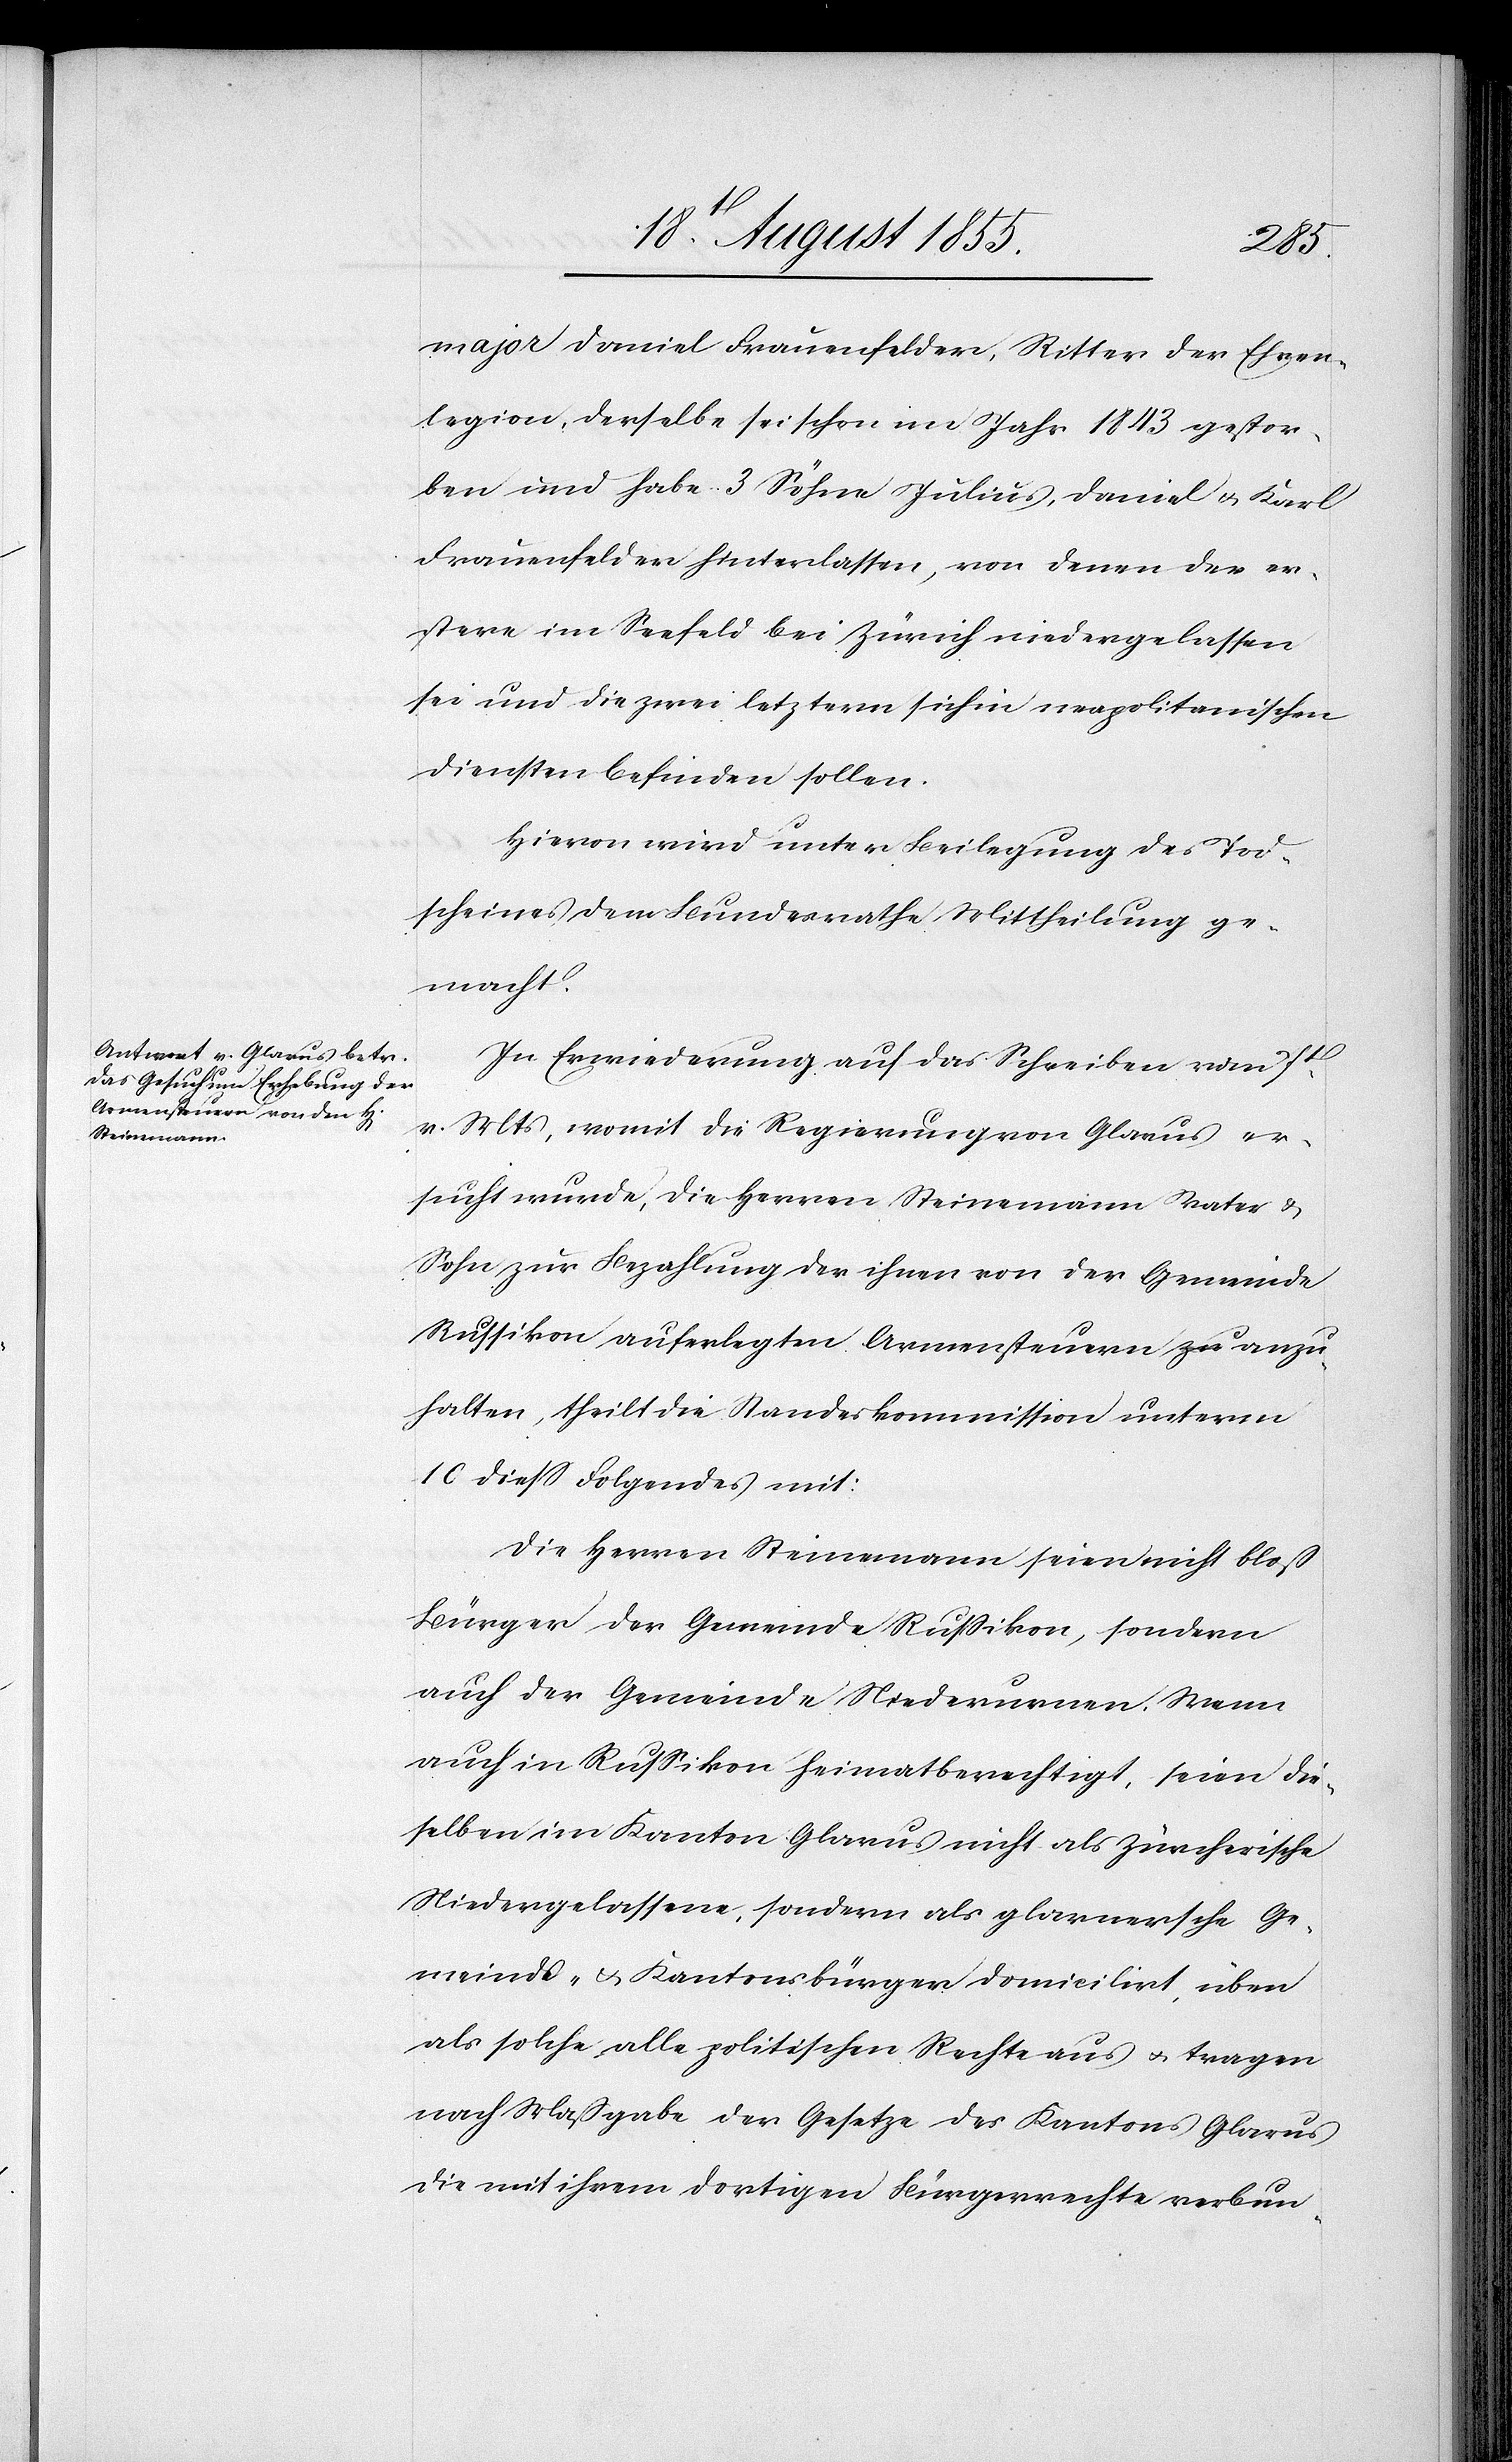
major Daniel Frauenfelder, Ritter der Ehren¬
legion, derselbe sei schon im Jahr 1843 gestor¬
ben und habe 3 Söhne Julius, Daniel & Karl
Frauenfelder hinterlassen, von denen der er¬
stere im Seefeld bei Zürich niedergelassen
sei und die zwei letztern sich in neapolitanischen
Diensten befinden sollen.
Hievon wird unter Beilegung des Tod¬
scheines dem Bundesrathe Mittheilung ge¬
macht.
In Erwiederung auf das Schreiben vom 7t.
v. Mts, womit die Regierung von Glarus er¬
sucht wurde, die Herren Steinemann Vater &
Sohn zur Bezahlung der ihnen von der Gemeinde
Russikon auferlegten Armensteuern a-zu-a anzu¬
halten, theilt die Standeskommission unterm
10 diess Folgendes mit:
Die Herren Steinemann seien nicht bloß
Bürger der Gemeinde Russikon, sondern
auch der Gemeinde Niederurnen. Wenn
auch in Russikon heimatberechtigt, seien die¬
selben im Kanton Glarus nicht als Zürcherische
Niedergelassene, sondern als glarnersche Ge¬
meinde- & Kantonsbürger domicilirt, üben
als solche alle politischen Rechte aus & tragen
nach Maßgabe der Gesetze des Kantons Glarus
die mit ihrem dortigen Bürgerrechte verbun-